Problem: 6 × 7 = ?
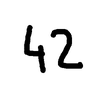
Handwritten answer: 42